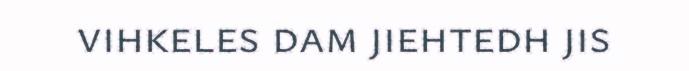
vihkeles dam jiehtedh jis